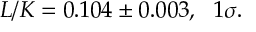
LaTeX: L / K = 0 . 1 0 4 \pm 0 . 0 0 3 , \ \ 1 \sigma .